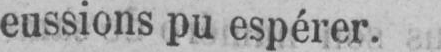
eussions pu espérer.